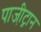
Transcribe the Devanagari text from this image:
पाजी़ट्रान